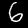
Label: 6